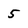
Character: 5